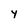
Character: y